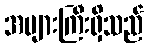
အများကြီးရှိသည်